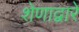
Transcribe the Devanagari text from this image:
शेणाद्वारे